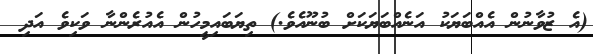
(އެ ޒުވާނުން އެއްބަޔަކު އަނެއްބަޔަކަށް ބުނޫއެވެ.) ތިޔަބައިމީހުން އެއުރެންނާ ވަކިވެ އަދި